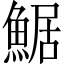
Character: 䱟